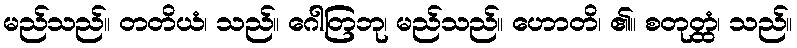
မည်သည်။ တတိယံ၊ သည်။ ဂေါတြဘု၊ မည်သည်။ ဟောတိ၊ ၏။ စတုတ္ထံ၊ သည်။